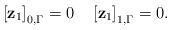
LaTeX: \begin{align*}\left[ \mathbf{z}_{1}\right] _{0,\Gamma}=0\quad\left[\mathbf{z}_{1}\right] _{1,\Gamma}=0. \end{align*}